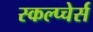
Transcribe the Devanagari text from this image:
स्कल्प्चेर्स